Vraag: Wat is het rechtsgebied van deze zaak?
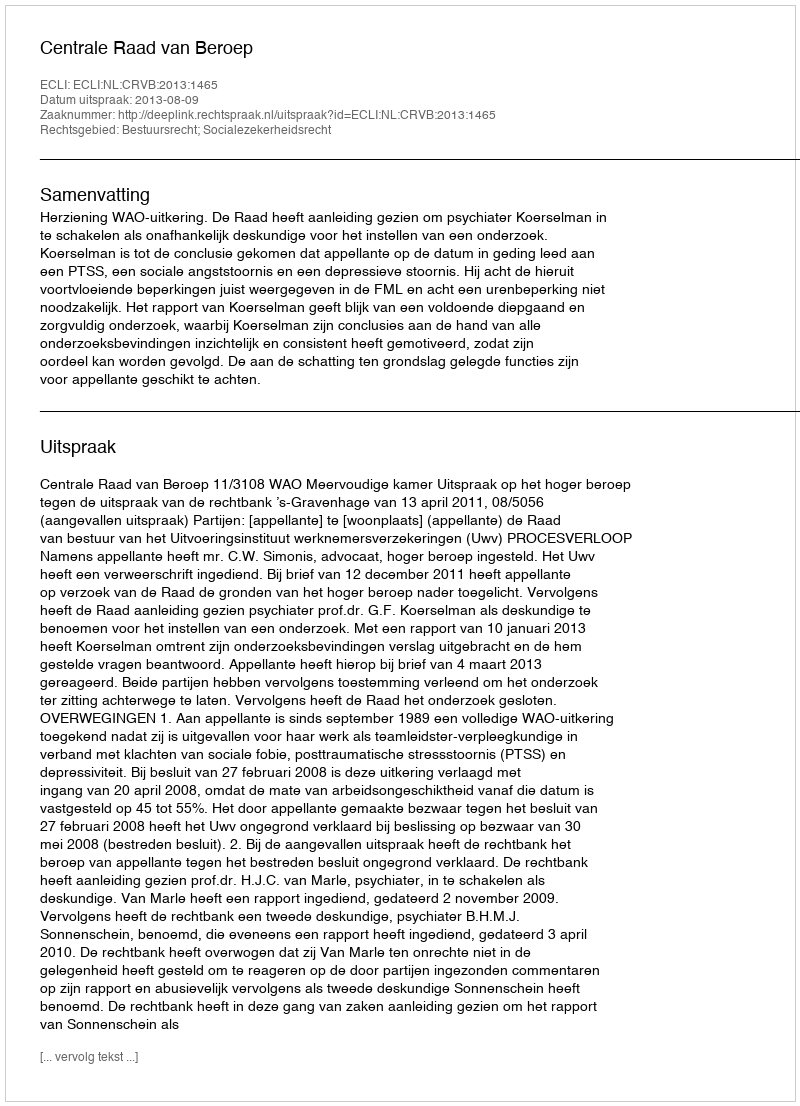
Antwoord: Bestuursrecht; Socialezekerheidsrecht